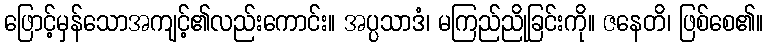
ဖြောင့်မှန်သောအကျင့်၏လည်းကောင်း။ အပ္ပသာဒံ၊ မကြည်ညိုခြင်းကို။ ဇနေတိ၊ ဖြစ်စေ၏။